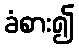
ခံစား၍